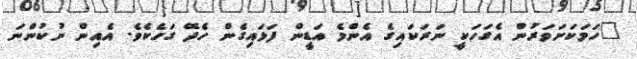
"ހަމަކަށަވަރުން އެގަހަކީ ނަރަކައިގެ އެންމެ އަޑީން ފަޅައިގެން ހެދޭ ގަހެކެވެ. އެއިން ނުކުންނަ